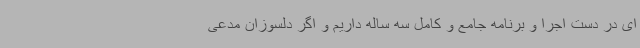
ای در دست اجرا و برنامه جامع و کامل سه ساله داریم و اگر دلسوزان مدعی